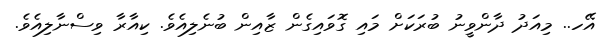
އޭހ.. މިއަދު ދާންވީނު ބުރަކަށް މައި ގޮވައިގެން ޒާއިން ބުނެލިއެވެ. ކިއާރާ ވިސްނާލިއެވެ.